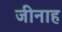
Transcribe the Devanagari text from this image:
जीनाह